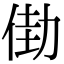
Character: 𠡬